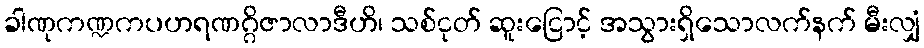
ခါဏုကဏ္ဍကပဟရဏဂ္ဂိဇာလာဒီဟိ၊ သစ်ငုတ် ဆူးငြောင့် အသွားရှိသောလက်နက် မီးလျှံ